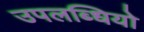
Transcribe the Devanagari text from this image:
उपलब्धियो